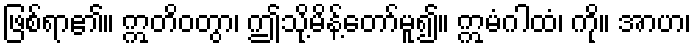
ဖြစ်ရာ၏။ ဣတိဝတွာ၊ ဤသို့မိန့်တော်မူ၍။ ဣမံဂါထံ၊ ကို။ အာဟ၊